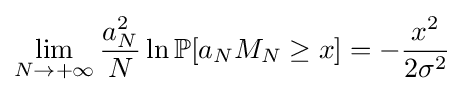
\lim \limits _{N\to +\infty }{\frac {a_{N}^{2}}{N}}\ln \mathbb {P} [a_{N}M_{N}\geq x]=-{\frac {x^{2}}{2\sigma ^{2}}}